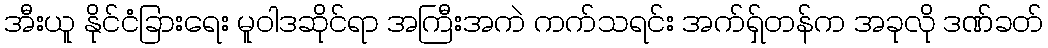
အီးယူ နိုင်ငံခြားရေး မူဝါဒဆိုင်ရာ အကြီးအကဲ ကက်သရင်း အက်ရှ်တန်က အခုလို ဒဏ်ခတ်